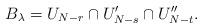
LaTeX: \begin{align*}B_\lambda = U_{N-r} \cap U'_{N-s} \cap U''_{N-t}.\end{align*}